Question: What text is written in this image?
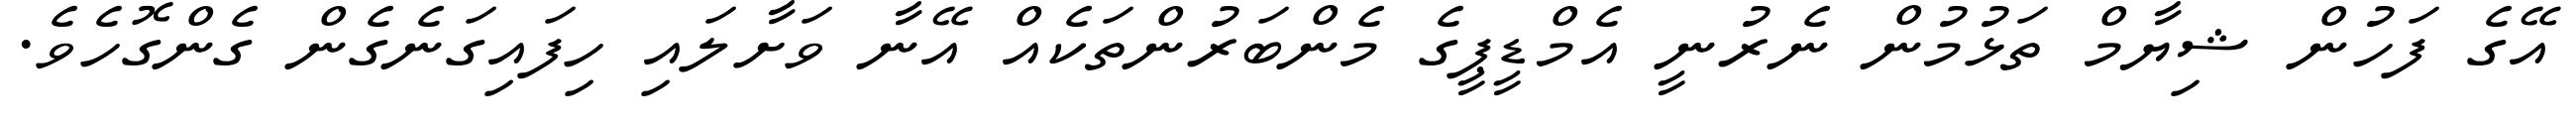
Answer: އޭގެ ފަހުން ޝިޔާމް ތަޅުމުން ނެރުނީ އެމްޑީޕީގެ މެންބަރުންތަކެއް އޭނާ ވަށާލައި ހިފައިގަނެގެން ގެންގޮހެވެ.